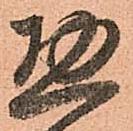
惣